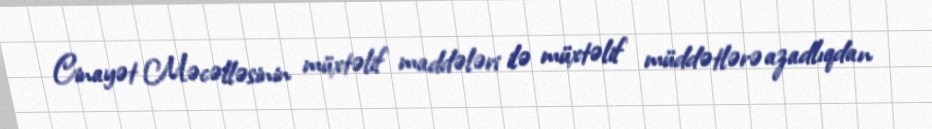
Cinayət Məcəlləsinin müxtəlif maddələri ilə müxtəlif müddətlərə azadlıqdan